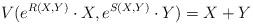
LaTeX: \begin{align*}V(e^{R(X,Y)}\cdot X,e^{S(X,Y)}\cdot Y)=X+Y\end{align*}